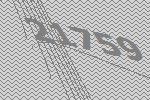
21759